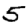
Digit: 5